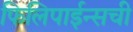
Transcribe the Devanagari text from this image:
फिलिपाईन्सची